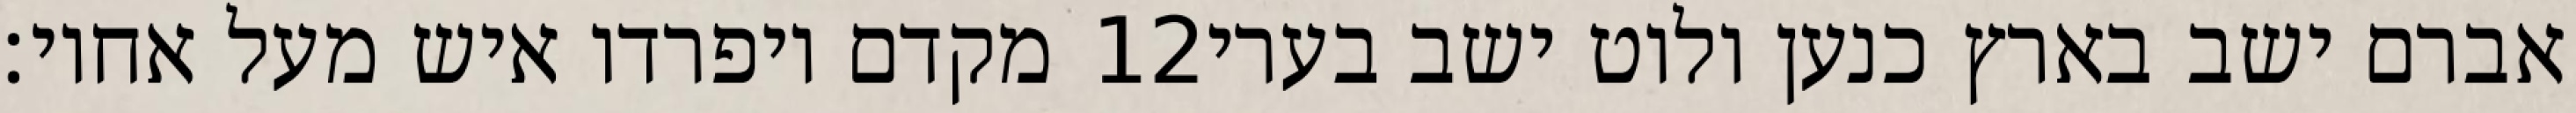
מקדם ויפרדו איש מעל אחיו׃ ‎12‏ אברם ישב בארץ כנען ולוט ישב בערי